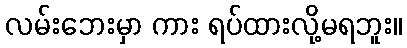
လမ်းဘေးမှာ ကား ရပ်ထားလို့မရဘူး။